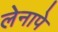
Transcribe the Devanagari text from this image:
लेनापे